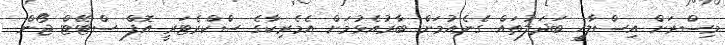
މިސްރަށް އިސްލާހީ ބަދަލުތައް ގެނެއުމަށް ބާރުއެޅުމަށް އެމެރިކާގެ ސްކްރެޓަރީ އޮފް ސްޓޭޓް ޖޯން